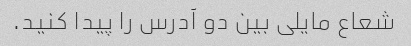
شعاع مایلی بین دو آدرس را پیدا کنید.